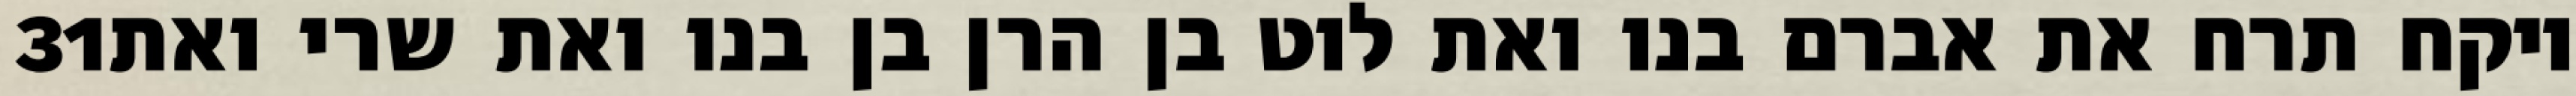
‎31‏ ויקח תרח את אברם בנו ואת לוט בן הרן בן בנו ואת שרי ואת